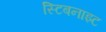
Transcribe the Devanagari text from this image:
स्टिबनाइट